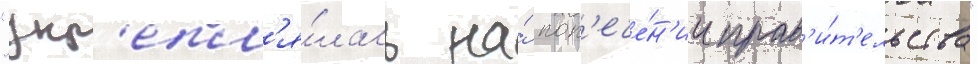
"укр'епл'я́лась на́ поп'ече́н'ии прав'и́т'ельства"